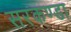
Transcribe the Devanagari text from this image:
सरकण्डा